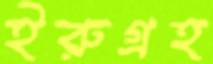
ইরুগ্রহ